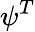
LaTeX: \psi^{T}